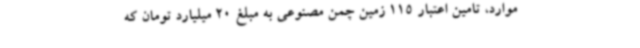
موارد، تامین اعتبار 115 زمین چمن مصنوعی به مبلغ 20 میلیارد تومان که